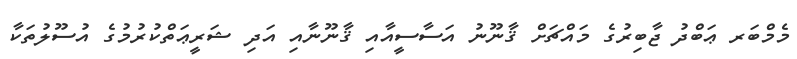
މެމްބަރ ޢަބްދު ޖާބިރުގެ މައްޗަށް ޤާނޫނު އަސާސީއާއި ޤާނޫނާއި އަދި ޝަރީޢަތްކުރުމުގެ އުސޫލުތަކާ